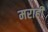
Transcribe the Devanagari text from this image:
मराही